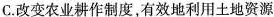
C.改变农业耕作制度，有效地利用土地资源